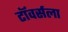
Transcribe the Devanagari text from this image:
टॉवर्सला